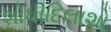
શોધીદિલાશો